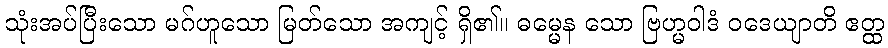
သုံးအပ်ပြီးသော မဂ်ဟူသော မြတ်သော အကျင့် ရှိ၏။ ဓမ္မေန သော ဗြဟ္မဝါဒံ ဝဒေယျာတိ ဧတ္ထ